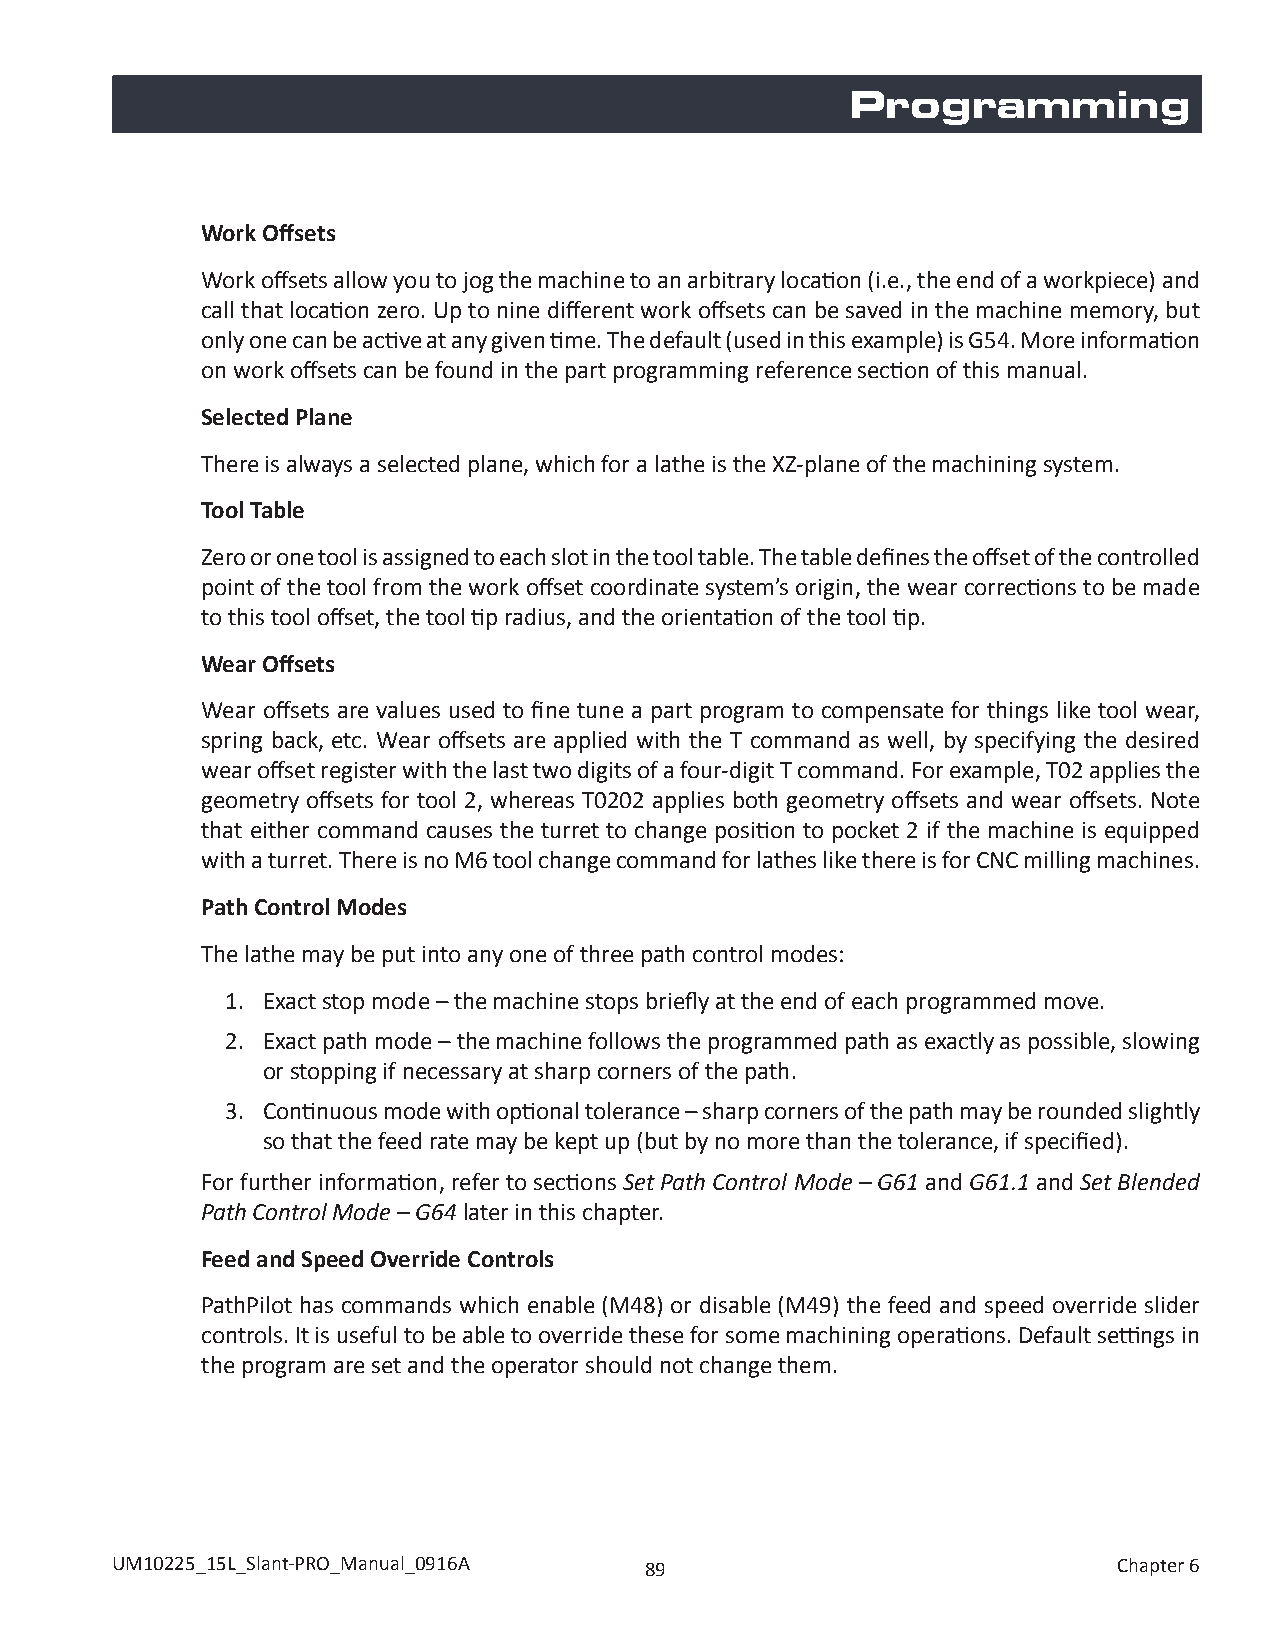
Programming
 Work Offsets
 Work offsets allow you to jog the machine to an arbitrary location (i.e., the end of a workpiece) and
 call that location zero. Up to nine different work offsets can be saved in the machine memory, but
 only one can be active at any given time. The default (used in this example) is G54. More information
 on work offsets can be found in the part programming reference section of this manual.
 Selected Plane
 There is always a selected plane, which for a lathe is the XZ-plane of the machining system.
 Tool Table
 Zero or one tool is assigned to each slot in the tool table. The table defines the offset of the controlled
 point of the tool from the work offset coordinate system’s origin, the wear corrections to be made
 to this tool offset, the tool tip radius, and the orientation of the tool tip.
 Wear Offsets
 Wear offsets are values used to fine tune a part program to compensate for things like tool wear,
 spring back, etc. Wear offsets are applied with the T command as well, by specifying the desired
 wear offset register with the last two digits of a four-digit T command. For example, T02 applies the
 geometry offsets for tool 2, whereas T0202 applies both geometry offsets and wear offsets. Note
 that either command causes the turret to change position to pocket 2 if the machine is equipped
 with a turret. There is no M6 tool change command for lathes like there is for CNC milling machines.
 Path Control Modes
 The lathe may be put into any one of three path control modes:
 1. Exact stop mode – the machine stops briefly at the end of each programmed move.
 2. Exact path mode – the machine follows the programmed path as exactly as possible, slowing
 or stopping if necessary at sharp corners of the path.
 3. Continuous mode with optional tolerance – sharp corners of the path may be rounded slightly
 so that the feed rate may be kept up (but by no more than the tolerance, if specified).
 For further information, refer to sections Set Path Control Mode – G61 and G61.1 and Set Blended
 Path Control Mode – G64 later in this chapter.
 Feed and Speed Override Controls
 PathPilot has commands which enable (M48) or disable (M49) the feed and speed override slider
 controls. It is useful to be able to override these for some machining operations. Default settings in
 the program are set and the operator should not change them.
 UM10225_15L_Slant-PRO_Manual_0916A  89                             Chapter 6